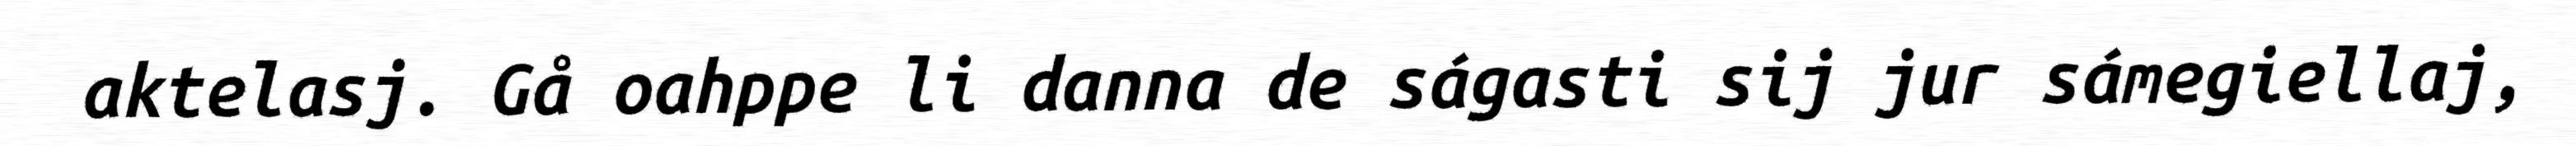
aktelasj. Gå oahppe li danna de ságasti sij jur sámegiellaj,